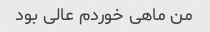
من ماهی خوردم عالی بود